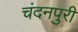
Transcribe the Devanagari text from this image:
चंदनपुरी